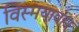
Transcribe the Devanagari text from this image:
विस्मयावहा